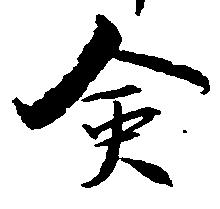
僉